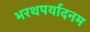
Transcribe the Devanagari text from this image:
भरथपर्यादनम